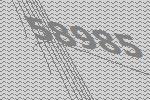
58985